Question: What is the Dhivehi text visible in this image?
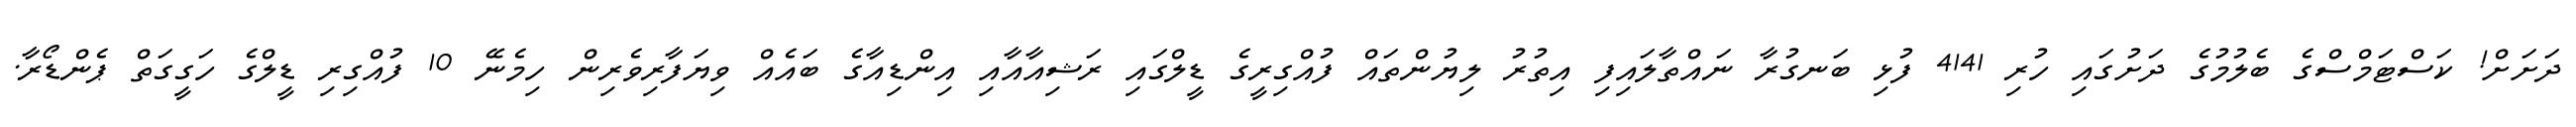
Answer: ދަށަށް! ކަސްޓަމްސްގެ ބެލުމުގެ ދަށުގައި ހުރި 4141 ފުޅި ބަނގުރާ ނައްތާލައިފި އިތުރު ލިޔުންތައް ފުއްގިރީގެ ޑީލްގައި ރަޝިއާއާއި އިންޑިއާގެ ބައެއް ވިޔަފާރިވެރިން ހިމެނޭ 10 ފުއްގިރި ޑީލްގެ ހަގީގަތް ޕެންޑޯރާ.